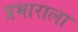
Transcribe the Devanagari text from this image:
प्रभाराला